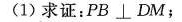
(1)求证：PB \perp DM；